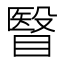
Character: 瞖